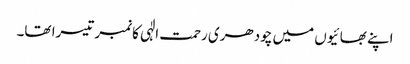
اپنے بھائیوں میں چودھری رحمت الٰہی کانمبر تیسرا تھا۔